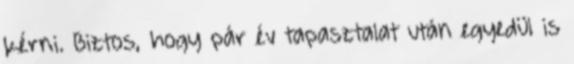
kérni. Biztos, hogy pár év tapasztalat után egyedül is